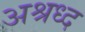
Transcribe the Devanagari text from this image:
अश्रध्द